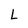
Character: L